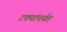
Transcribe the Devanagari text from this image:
टक्यांपर्यत